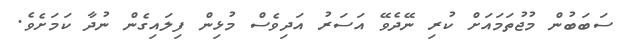
ސަބަބުން މުޖުތަމައަށް ކުރި ނޭދެވޭ އަސަރު އަދިވެސް މުޅިން ފިލައިގެން ނުދާ ކަމަށެވެ.